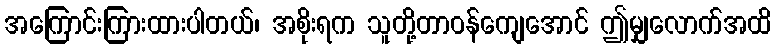
အကြောင်းကြားထားပါတယ်၊ အစိုးရက သူတို့တာဝန်ကျေအောင် ဤမျှလောက်အထိ